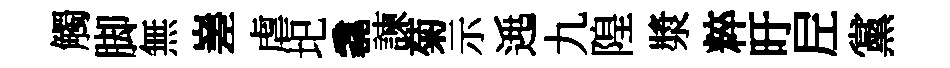
觸脚無嵳虐圯毳諫菊示𨓱九隍漿粹旴𡰱黨